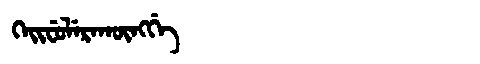
Manchu: ᡴᡝᡳᠸᡠᠯᡝᡵᠠᡴᡡᠩᡤᡝ
Romanization: KEIFULERAKŪNGGE